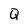
Character: Q